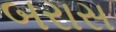
બરાસ